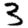
Digit: 3